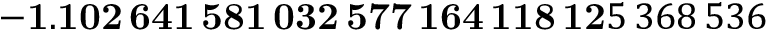
\mathbf { - 1 . 1 0 2 \, 6 4 1 \, 5 8 1 \, 0 3 2 \, 5 7 7 \, 1 6 4 \, 1 1 8 \, 1 2 } 5 \, 3 6 8 \, 5 3 6